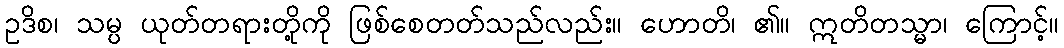
ဥဒိစ၊ သမ္ပ ယုတ်တရားတို့ကို ဖြစ်စေတတ်သည်လည်း။ ဟောတိ၊ ၏။ ဣတိတသ္မာ၊ ကြောင့်။